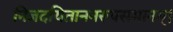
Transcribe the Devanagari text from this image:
निजदयिताननरूपसमानम्।